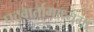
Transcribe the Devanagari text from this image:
घटवार्तामाध्यमा